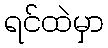
ရင်ထဲမှာ